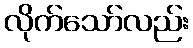
လိုက်သော်လည်း